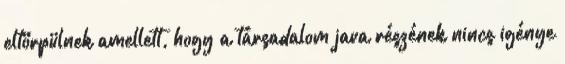
eltörpülnek amellett, hogy a társadalom java részének nincs igénye